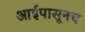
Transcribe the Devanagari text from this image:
आईपासूनच